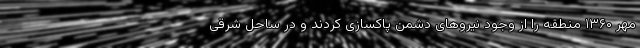
مهر ۱۳۶۰ منطقه را از وجود نیروهای دشمن پاکسازی کردند و در ساحل شرقی